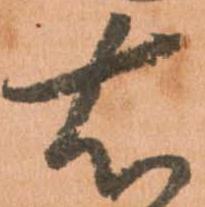
右